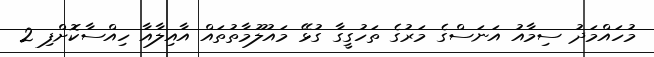
މުހައްމަދު ސިމާއު އަނަސްގެ މަރުގެ ތަހުގީގާ ގުޅޭ މައުލޫމާތުތައް އާއިލާއާ ހިއްސާކޮށްފި 2